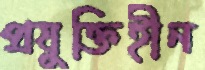
প্রযুক্তিহীন